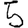
Digit: 5